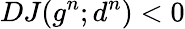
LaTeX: DJ(g^{n};d^{n})<0